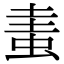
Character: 䖯